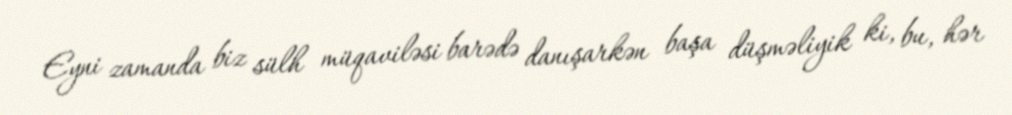
Eyni zamanda biz sülh müqaviləsi barədə danışarkən başa düşməliyik ki, bu, hər